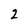
Character: 2